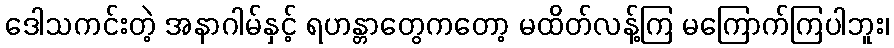
ဒေါသကင်းတဲ့ အနာဂါမ်နှင့် ရဟန္တာတွေကတော့ မထိတ်လန့်ကြ မကြောက်ကြပါဘူး၊